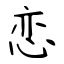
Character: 恋